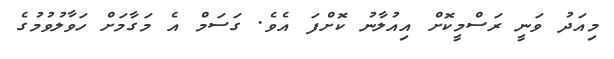
މިއަދު ވަނީ ރަސްމީކޮށް އިއުލާނު ކޮށްފަ އެވެ. ގަސަމް އެ މަގާމަށް ހަވާލުވުމުގެ